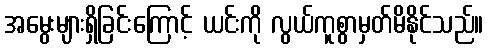
အမွေးများရှိခြင်းကြောင့် ယင်းကို လွယ်ကူစွာမှတ်မိနိုင်သည်။